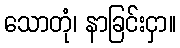
သောတုံ၊ နာခြင်းငှာ။